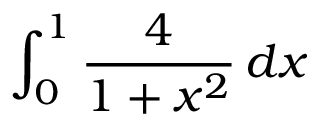
\int _ { 0 } ^ { 1 } { \frac { 4 } { 1 + x ^ { 2 } } } \, d x